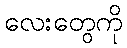
လေးတွေကို